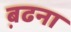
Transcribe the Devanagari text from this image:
ब़ढना